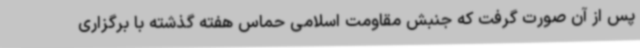
پس از آن صورت گرفت که جنبش مقاومت اسلامی حماس هفته گذشته با برگزاری